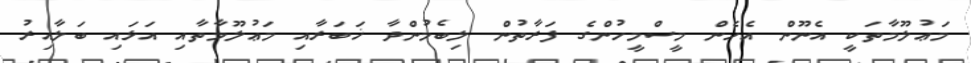
މަޢުލޫމާތަކީ އެނޫން އެހެން މީސްމީހުންގެ ފަރާތުން ލިބެމުންދާ ޚަބަރާއި މަޢުލޫމާތާއި އަޅައި ބަލާއިރު